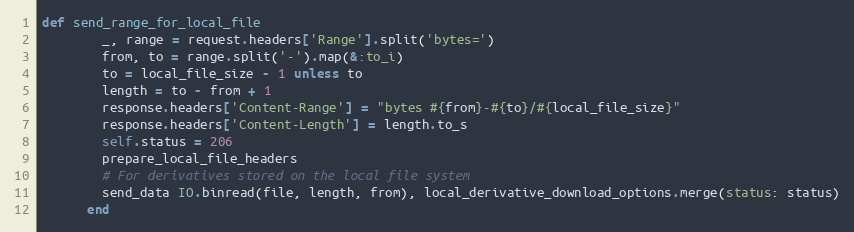
Language: Ruby
def send_range_for_local_file
        _, range = request.headers['Range'].split('bytes=')
        from, to = range.split('-').map(&:to_i)
        to = local_file_size - 1 unless to
        length = to - from + 1
        response.headers['Content-Range'] = "bytes #{from}-#{to}/#{local_file_size}"
        response.headers['Content-Length'] = length.to_s
        self.status = 206
        prepare_local_file_headers
        # For derivatives stored on the local file system
        send_data IO.binread(file, length, from), local_derivative_download_options.merge(status: status)
      end